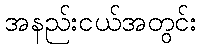
အနည်းငယ်အတွင်း